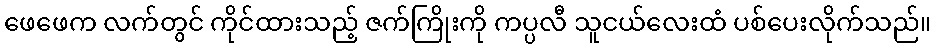
ဖေဖေက လက်တွင် ကိုင်ထားသည့် ဇက်ကြိုးကို ကပ္ပလီ သူငယ်လေးထံ ပစ်ပေးလိုက်သည်။